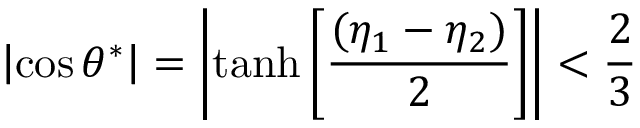
\left| \cos \theta ^ { * } \right| = \left| \operatorname { t a n h } \left[ \frac { ( \eta _ { 1 } - \eta _ { 2 } ) } { 2 } \right] \right| < \frac { 2 } { 3 }